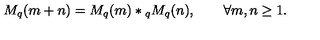
M _ { q } ( m + n ) = M _ { q } ( m ) * { } _ { q } M _ { q } ( n ) , \qquad \forall m , n \ge 1 .